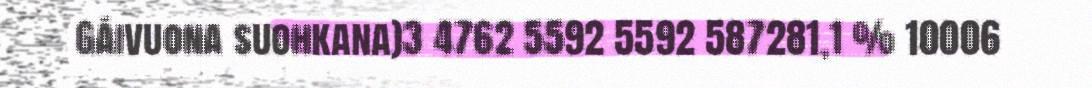
Gáivuona suohkana)3 4762 5592 5592 587281,1 % 10006